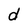
Character: d